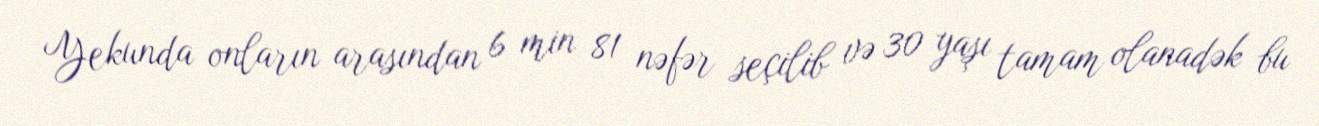
Yekunda onların arasından 6 min 81 nəfər seçilib və 30 yaşı tamam olanadək bu